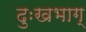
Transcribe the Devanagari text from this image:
दुःखभाग्